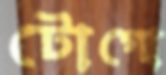
টোগো